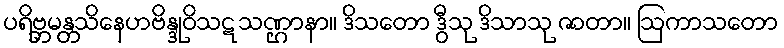
ပရိဗ္ဘမန္တသိနေဟဗိန္ဒုဝိသဋသဏ္ဌာနာ။ ဒိသတော ဒွီသု ဒိသာသု ဇာတာ။ ဩကာသတော